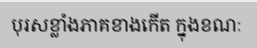
បុរសខ្លាំងភាគខាងកើត ក្នុងខណៈ